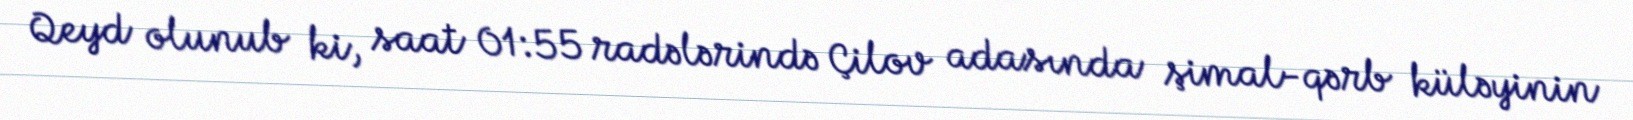
Qeyd olunub ki, saat 01:55 radələrində Çilov adasında şimal-qərb küləyinin